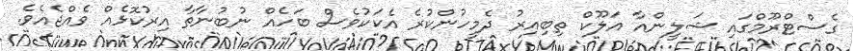
ގެސްޓްރޫމްގައި ޝަލީންއާ އަލޫކް ތިބިއިރު ދެމީހުންކުރެ އެކަކުވެސް ބަހެއް ނުބުނާތާ އިރުކޮޅެއް ވެއްޖެއެވެ.